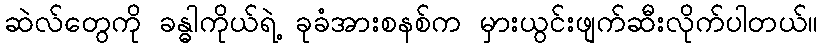
ဆဲလ်တွေကို ခန္ဓါကိုယ်ရဲ့ ခုခံအားစနစ်က မှားယွင်းဖျက်ဆီးလိုက်ပါတယ်။